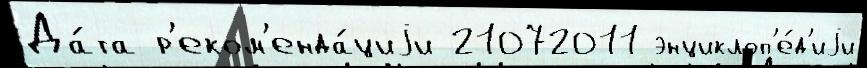
Да́та р'еком'енда́циjи 21072011 энциклоп'е́д'иjи